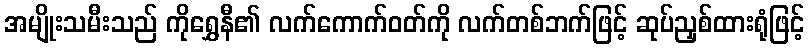
အမျိုးသမီးသည် ကိုရွှေနီ၏ လက်ကောက်ဝတ်ကို လက်တစ်ဘက်ဖြင့် ဆုပ်ညှစ်ထားရုံဖြင့်